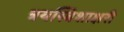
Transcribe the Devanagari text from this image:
त्रयस्त्रिशाक्षरी